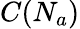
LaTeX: C(N_{a})